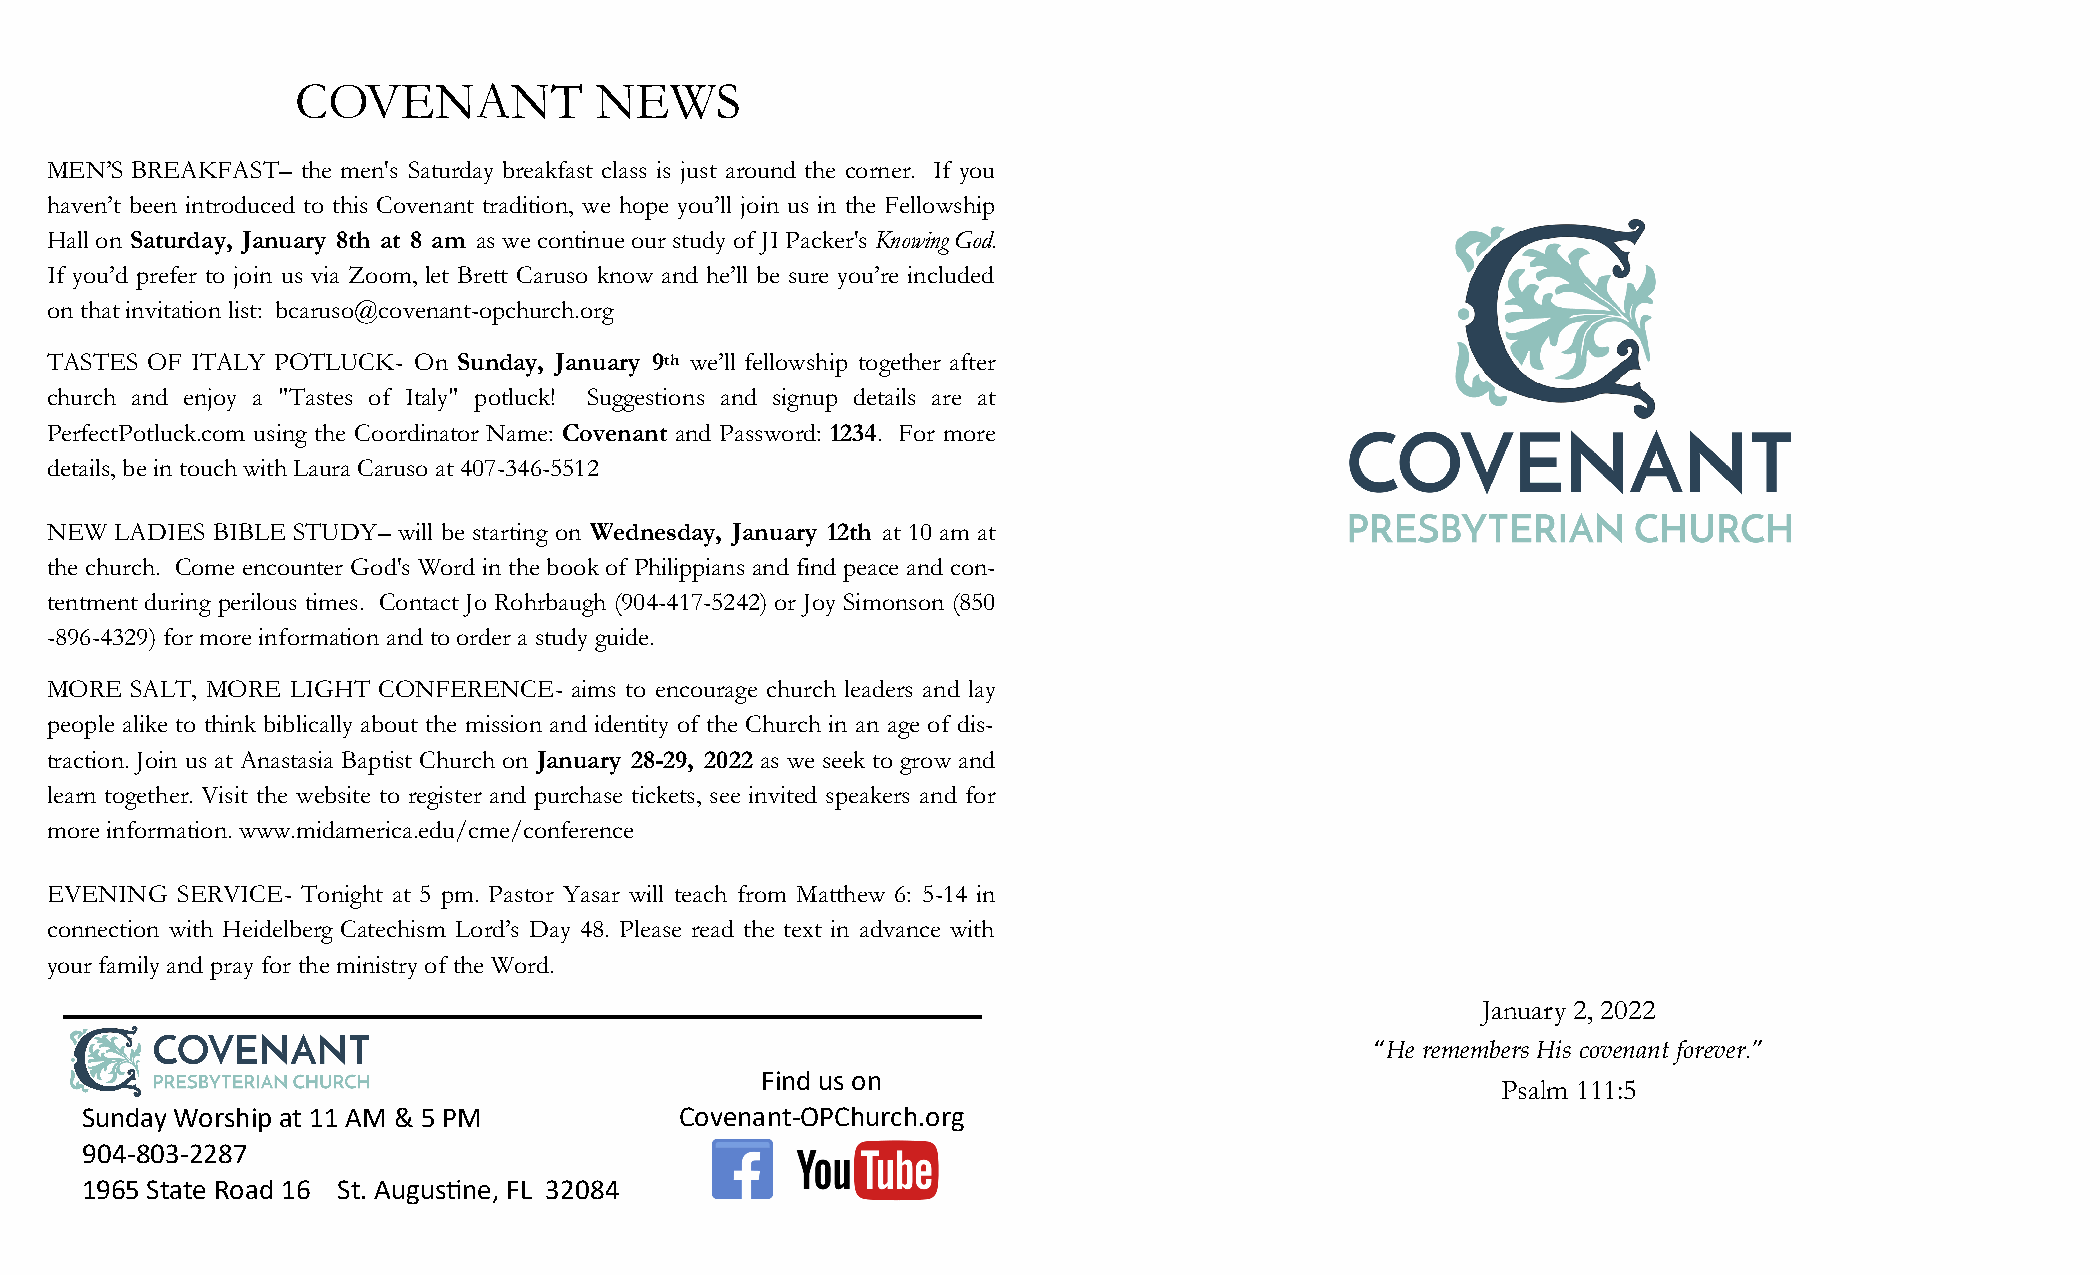
COVENANT           NEWS
 MEN’S BREAKFAST– the men's Saturday breakfast class is just around the corner. If you
 haven’t been introduced to this Covenant tradition, we hope you’ll join us in the Fellowship
 Hall on Saturday, January 8th at 8 am as we continue our study of JI Packer's Knowing God.
 If you’d prefer to join us via Zoom, let Brett Caruso know and he’ll be sure you’re included
 on that invitation list: bcaruso@covenant-opchurch.org
 TASTES OF ITALY POTLUCK- On Sunday, January 9th we’ll fellowship together after
 church and enjoy a "Tastes of Italy" potluck! Suggestions and signup details are at
 PerfectPotluck.com using the Coordinator Name: Covenant and Password: 1234. For more
 details, be in touch with Laura Caruso at 407-346-5512
 NEW  LADIES BIBLE STUDY– will be starting on Wednesday, January 12th at 10 am at
 the church. Come encounter God's Word in the book of Philippians and find peace and con-
 tentment during perilous times. Contact Jo Rohrbaugh (904-417-5242) or Joy Simonson (850
 -896-4329) for more information and to order a study guide.
 MORE  SALT, MORE LIGHT CONFERENCE- aims to encourage church leaders and lay
 people alike to think biblically about the mission and identity of the Church in an age of dis-
 traction. Join us at Anastasia Baptist Church on January 28-29, 2022 as we seek to grow and
 learn together. Visit the website to register and purchase tickets, see invited speakers and for
 more information. www.midamerica.edu/cme/conference
 EVENING  SERVICE- Tonight at 5 pm. Pastor Yasar will teach from Matthew 6: 5-14 in
 connection with Heidelberg Catechism Lord’s Day 48. Please read the text in advance with
 your family and pray for the ministry of the Word.
 January 2, 2022
 “He remembers His covenant forever.”
 Find us on
 Psalm 111:5
 Sunday Worship at 11 AM & 5 PM          Covenant-OPChurch.org
 904-803-2287
 1965 State Road 16 St. Augustine, FL 32084